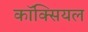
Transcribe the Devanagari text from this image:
कॉक्सियल